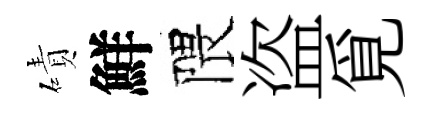
磧鮮隈盗覓